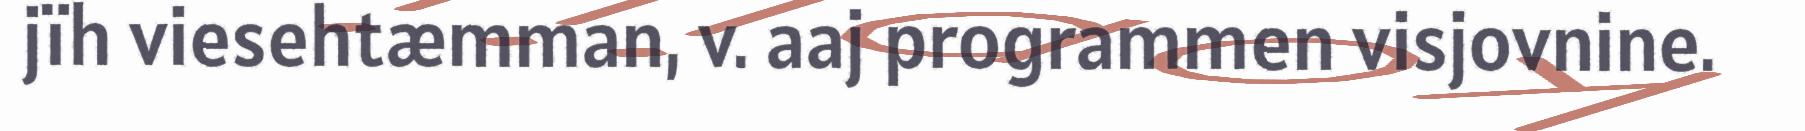
jïh viesehtæmman, v. aaj programmen visjovnine.